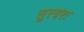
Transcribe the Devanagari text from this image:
सुरवरः